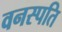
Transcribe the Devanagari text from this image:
वनस्‍पति